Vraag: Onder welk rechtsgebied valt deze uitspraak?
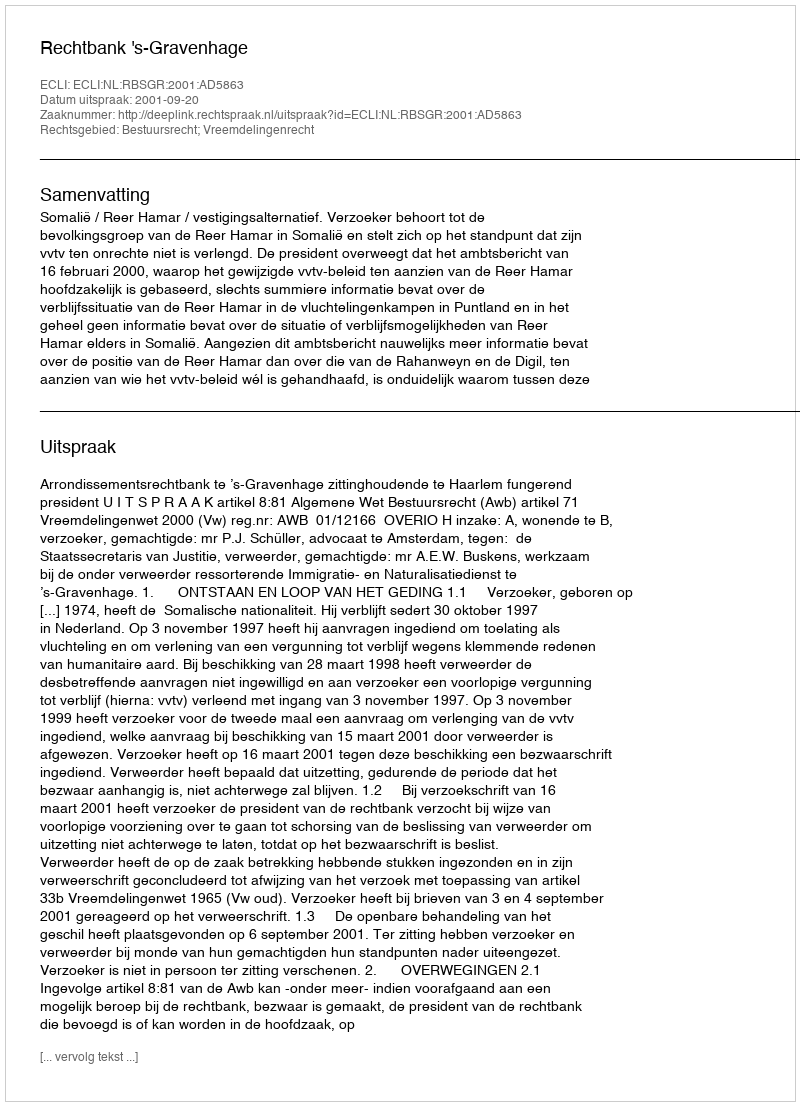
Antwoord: Bestuursrecht; Vreemdelingenrecht